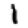
Digit: 1